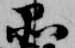
品